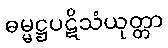
ဓမ္မဋ္ဌပဋိသံယုတ္တာ